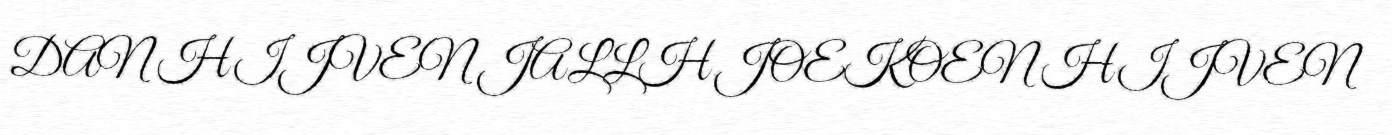
DAN HIJVEN JALLH JOEKOEN HIJVEN